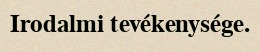
Irodalmi tevékenysége.